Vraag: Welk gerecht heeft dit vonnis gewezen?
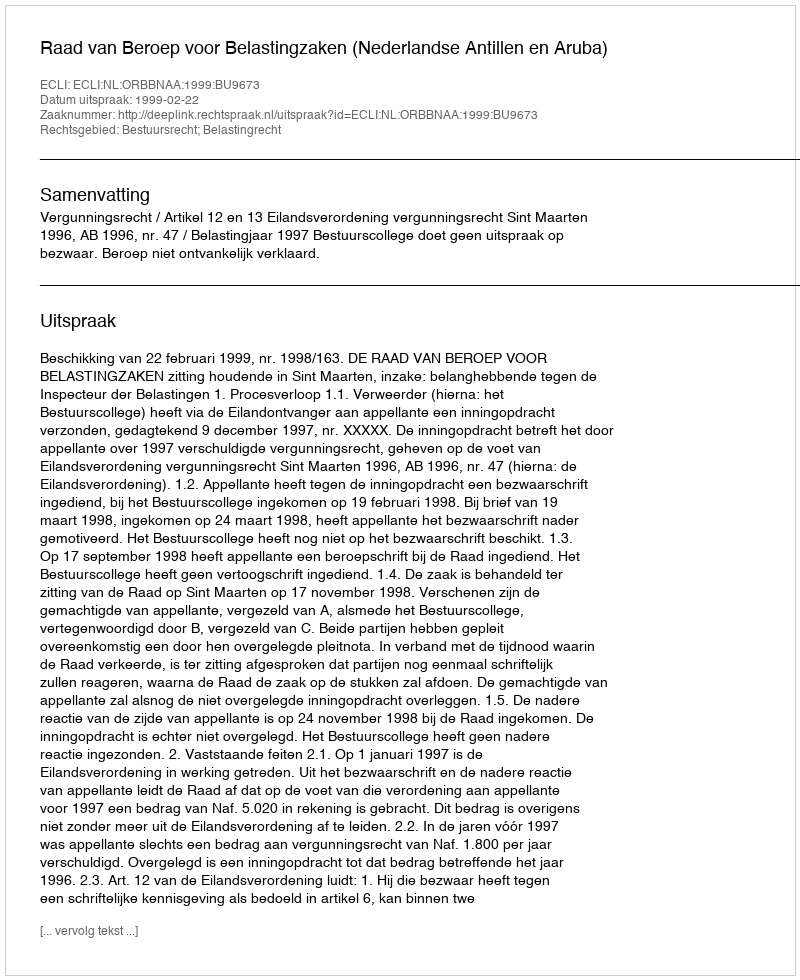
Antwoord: Raad van Beroep voor Belastingzaken (Nederlandse Antillen en Aruba)